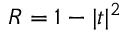
R = 1 - \vert t \vert ^ { 2 }